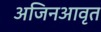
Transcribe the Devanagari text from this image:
अजिनआवृत